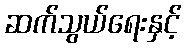
ဆက်သွယ်ရေးနှင့်